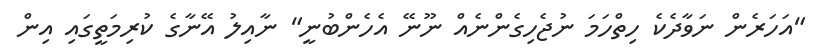
"އަހަރެން ނަވާދެކެ ހިތްހަމަ ނުޖެހިގެންނެއް ނޫނޭ އެހެންބުނީ" ނާއިލު އޭނާގެ ކުރިމަތީގައި އިން